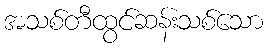
အသစ်တီထွင်ဆန်းသစ်သော